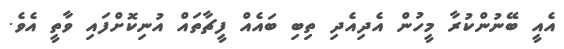
އެއީ ބޭނުންކުރާ މީހުން އެދިއެދި ތިބި ބައެއް ފީޗާތައް އުނިކޮށްފައި ވާތީ އެވެ.